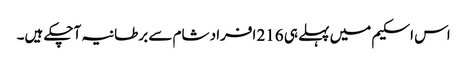
اس اسکیم میں پہلے ہی 216 افراد شام سے برطانیہ آچکے ہیں۔